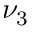
\nu _ { 3 }